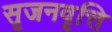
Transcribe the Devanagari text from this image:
सृजनवृत्ति